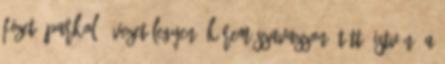
fizető parkoló övezet legyen, kérem szavazzon. Tüttő István: A